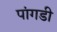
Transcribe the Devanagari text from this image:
पांगडी